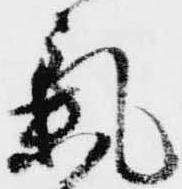
気